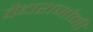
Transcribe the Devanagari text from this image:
वैद्यराजांनी